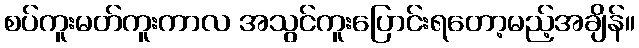
စပ်ကူးမတ်ကူးကာလ အသွင်ကူးပြောင်းရတော့မည့်အချိန်။